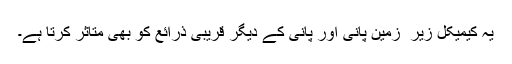
یہ کیمیکل زیر ِ زمین پانی اور پانی کے دیگر قریبی ذرائع کو بھی متاثر کرتا ہے۔